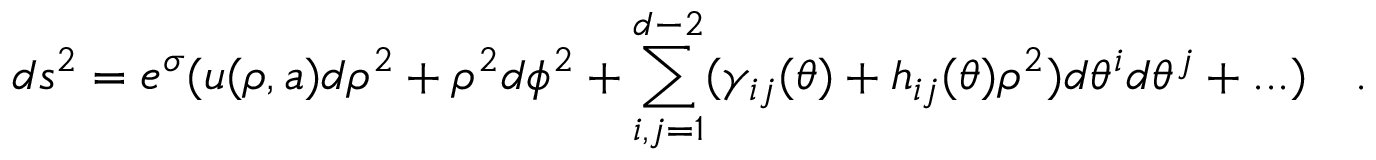
d s ^ { 2 } = e ^ { \sigma } ( u ( \rho , a ) d \rho ^ { 2 } + \rho ^ { 2 } d \phi ^ { 2 } + \sum _ { i , j = 1 } ^ { d - 2 } ( \gamma _ { i j } ( \theta ) + h _ { i j } ( \theta ) \rho ^ { 2 } ) d \theta ^ { i } d \theta ^ { j } + . . . ) ~ ~ ~ .